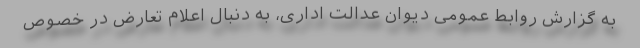
به گزارش روابط عمومی دیوان عدالت اداری، به دنبال اعلام تعارض در خصوص